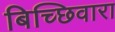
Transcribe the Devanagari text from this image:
बिच्छिवारा